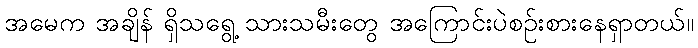
အမေက အချိန် ရှိသရွေ့ သားသမီးတွေ အကြောင်းပဲစဉ်းစားနေရှာတယ်။